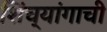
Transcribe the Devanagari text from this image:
शिंच्यांगाची